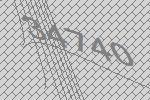
34740